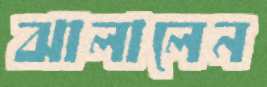
ঝালালেন